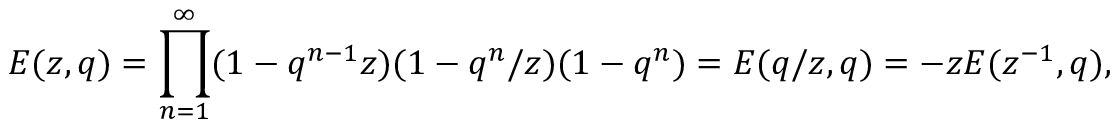
E ( z , q ) = \prod _ { n = 1 } ^ { \infty } ( 1 - q ^ { n - 1 } z ) ( 1 - q ^ { n } / z ) ( 1 - q ^ { n } ) = E ( q / z , q ) = - z E ( z ^ { - 1 } , q ) ,